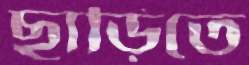
ছাড়িতে